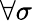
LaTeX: \forall\sigma